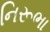
નિરૂભા